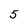
Character: 5